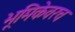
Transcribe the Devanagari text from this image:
भूमिकेवरच